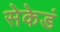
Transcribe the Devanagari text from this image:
सेकेडं